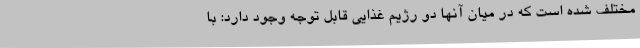
مختلف شده است که در میان آنها دو رژیم غذایی قابل توجه وجود دارد: با